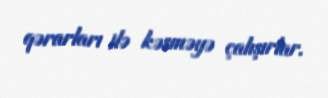
qərarları ilə kəsməyə çalışırlar.